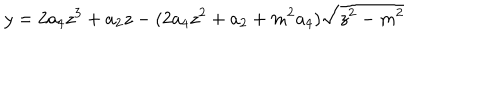
y = 2 a _ { 4 } z ^ { 3 } + a _ { 2 } z - ( 2 a _ { 4 } z ^ { 2 } + a _ { 2 } + m ^ { 2 } a _ { 4 } ) \sqrt { z ^ { 2 } - m ^ { 2 } }